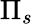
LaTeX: \Pi_{s}